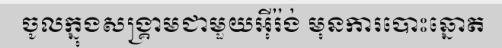
ចូលក្នុងសង្គ្រាមជាមួយអ៊ីរ៉ង់ មុនការបោះឆ្នោត